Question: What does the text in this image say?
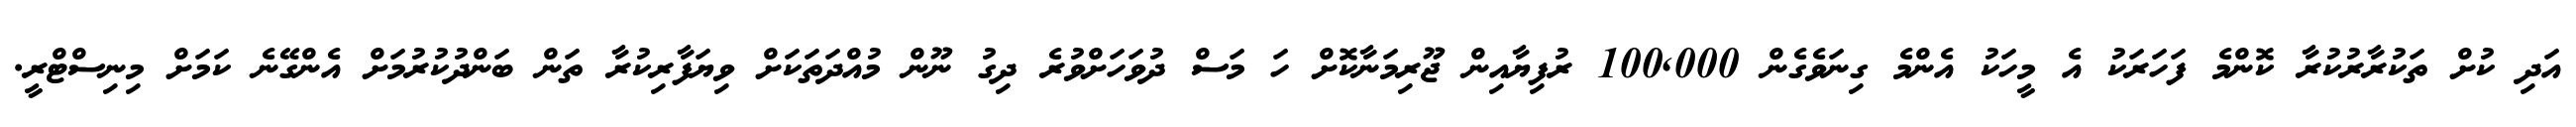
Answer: އަދި ކުށް ތަކުރާރުކުރާ ކޮންމެ ފަހަރަކު އެ މީހަކު އެންމެ ގިނަވެގެން 100,000 ރުފިޔާއިން ޖޫރިމަނާކޮށް ހަ މަސް ދުވަހަށްވުރެ ދިގު ނޫން މުއްދަތަކަށް ވިޔަފާރިކުރާ ތަން ބަންދުކުރުމަށް އެންގޭނެ ކަމަށް މިނިސްޓްރީ.